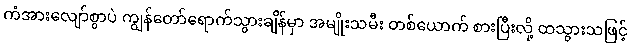
ကံအားလျော်စွာပဲ ကျွန်တော်ရောက်သွားချိန်မှာ အမျိုးသမီး တစ်ယောက် စားပြီးလို့ ထသွားသဖြင့်